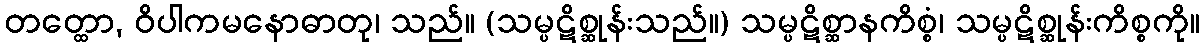
တတ္ထော, ဝိပါကမနောဓာတု၊ သည်။ (သမ္ပဋိစ္ဆုန်းသည်။) သမ္ပဋိစ္ဆာနကိစ္စံ၊ သမ္ပဋိစ္ဆုန်းကိစ္စကို။